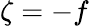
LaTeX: \zeta=-f